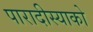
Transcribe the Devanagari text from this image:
पारादीस्याको